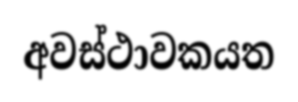
අවස්ථාවකයත